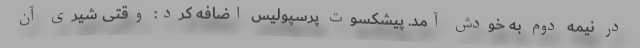
در نیمه دوم به خودش آمد. پیشکسوت پرسپولیس اضافه کرد: وقتی شیری آن